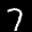
Label: 7